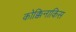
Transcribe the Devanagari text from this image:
कोक्किनाकिस